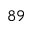
^ { 8 9 }